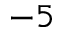
^ { - 5 }